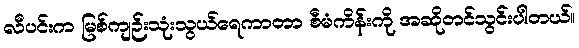
လီပင်းက မြစ်ကျဉ်းသုံးသွယ်ရေကာတာ စီမံကိန်းကို အဆိုတင်သွင်းပါတယ်။